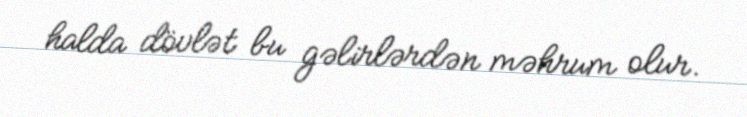
halda dövlət bu gəlirlərdən məhrum olur.